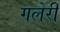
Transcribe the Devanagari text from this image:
गलेरी